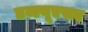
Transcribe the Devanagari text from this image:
डब्ल्यूएसए